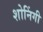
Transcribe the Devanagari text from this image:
शोनिंगी